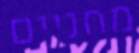
מחניים